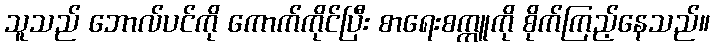
သူသည် ဘောလ်ပင်ကို ကောက်ကိုင်ပြီး စာရေးစက္ကူကို စိုက်ကြည့်နေသည်။